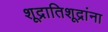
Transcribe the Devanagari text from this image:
शूद्रातिशूद्रांना